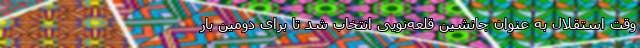
وقت استقلال به عنوان جانشین قلعه‌نویی انتخاب شد تا برای دومین بار